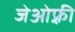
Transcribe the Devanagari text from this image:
जेओफ़्री